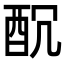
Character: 𨠁